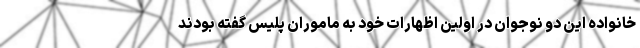
خانواده این دو نوجوان در اولین اظهارات خود به ماموران پلیس گفته بودند